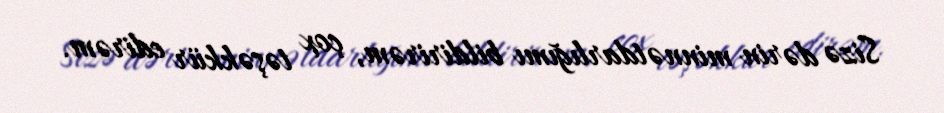
Sizə dərin minnətdarlığımı bildirirəm, çox təşəkkür edirəm.